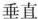
垂直